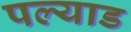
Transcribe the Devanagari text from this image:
पल्याड